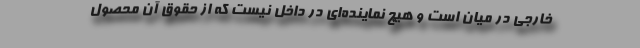
خارجی در میان است و هیچ نماینده‌ای در داخل نیست که از حقوق آن محصول